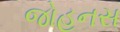
જોહનસ